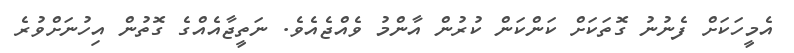
އެމީހަކަށް ފެނުނު ގޮތަކަށް ކަންކަން ކުރުން އާންމު ވެއްޖެއެވެ. ނަތީޖާއެއްގެ ގޮތުން އިހުނަށްވުރެ